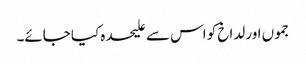
جموں اور لداخ کو اس سے علیحدہ کیا جائے۔